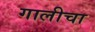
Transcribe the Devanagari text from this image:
गालीचा